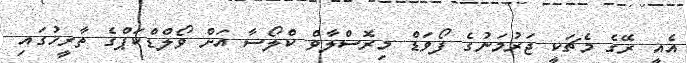
އެއީ ރޭގެ މެޗަކީ ޖަރުމަނުގެ ފޯވަޑް މިރޮސްލާވް ކްލޯސާ އަށް ވޯލްޑްކަޕްގެ ތާރީޚުގައި